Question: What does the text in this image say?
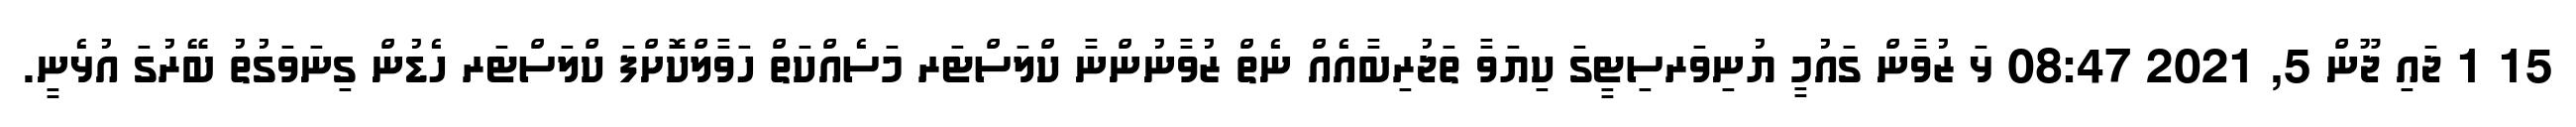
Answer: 15 1 ޖައި ޖޫން 5, 2021 08:47 ޅަ ޒުވާން ގައުމީ ޔުނިވަރސިޓީގަ ކިޔަވާ ތަޖުރިބާއެއް ނެތް ޒުވާނުންނާ ކްލަސްޓަރ މަސެއްކަތް ހަވާލްކޮށްފަ ކްލަސްޓަރ ހެޑުން ގިނަވަގުތު ބޭރުގަ އުޅެނީ.